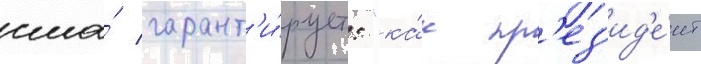
сша́ гарант'и́рует: "ка́к пр'ез'ид'е́нт